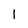
Character: 1